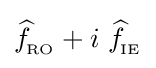
{\widehat {f}}\!_{_{\text{RO}}}+i\ {\widehat {f}}\!_{_{\text{IE}}}